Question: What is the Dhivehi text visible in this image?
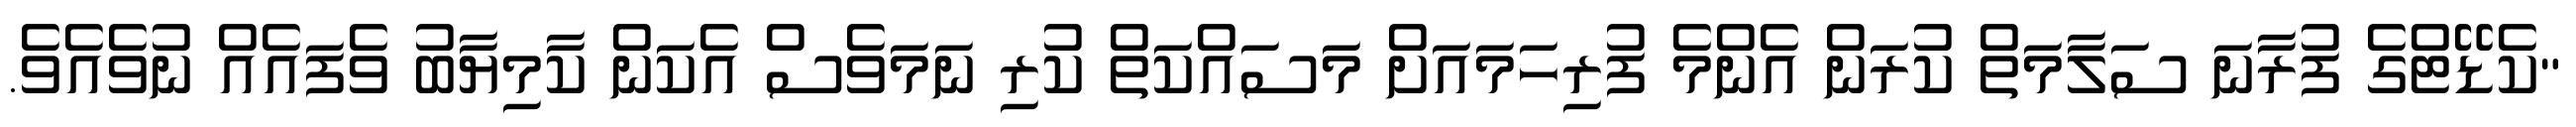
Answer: "ކެޑޭޓްގެ ފުރާނަ ސަލާމަތް ކުރަން އެންމެ ފުރިހަމައަށް މަސައްކަތް ކުރި ނަމަވެސް އެކަން ކާމިޔާބު ވެފައެއް ނުވެއެވެ.